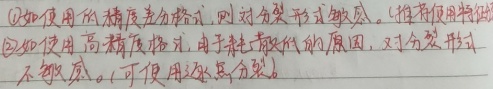
\textcircled{1}如使用低精度差分格式，则对分裂形式敏感。(推荐使用特征)\textcircled{2}如使用高精度格式，由于耗散较低的原因，对分裂形式不敏感。(可使用远场分裂)